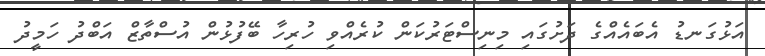
އަޅުގަނޑު އެބައެއްގެ ދަށުގައި މިނިސްޓަރުކަން ކުރެއްވި ހުރިހާ ބޭފުޅުން އުސްތާޒް އަބްދު ހަމީދު